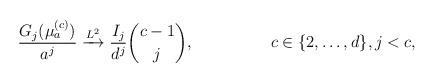
LaTeX: \begin{align*} &\frac{G_{j}(\mu^{(c)}_{a})}{a^{j}} \xrightarrow{L^{2}} \frac{I_{j}}{d^{j}} \binom{c-1}{j}, ~ & c \in \{ 2,\ldots,d \}, j < c ,\end{align*}